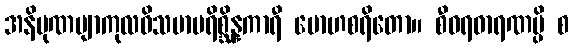
အနိပုဏဗျာကုလဝိသမာပရိစ္ဆိန္နကာရီ မောဟစရိတော။ စီဝရဓာရဏမ္ပိ စ